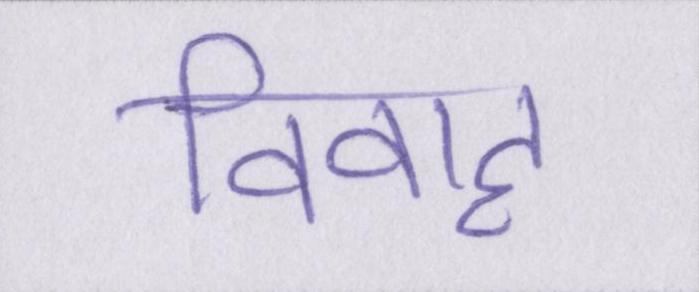
विवाह